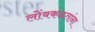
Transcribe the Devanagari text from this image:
लोंबकळतांना